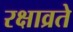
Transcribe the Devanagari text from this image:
रक्षाव्रते